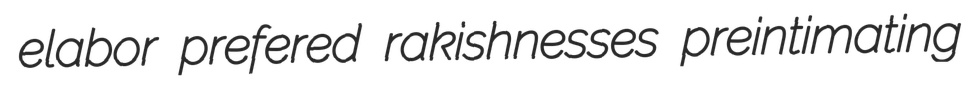
elabor prefered rakishnesses preintimating